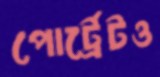
পোর্ট্রেটও